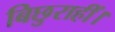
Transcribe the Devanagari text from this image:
बिछुराहीं।